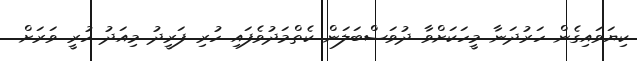
ކިޔަވައިގެން ހަރުދަނާ މީހަކަށްވާ ދުވަސްބަލަން ކެތްމަދުވެފައި ހުރި ފަރީދު މިއަދު ހުރީ ވަރަށް